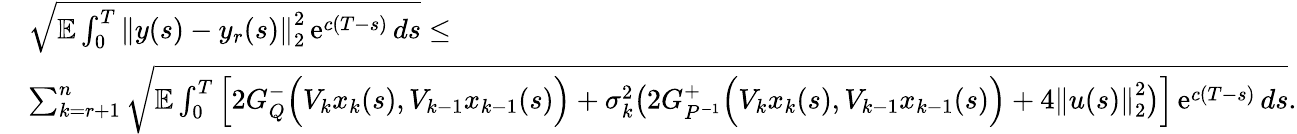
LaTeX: \begin{array}{rl}&{\sqrt{\mathbb E\int_{0}^{T}\left\| y(s)-y_{r}(s)\right\| _{2}^{2}\operatorname{e}^{c(T-s)}ds}\leq}\\ &{\sum_{k=r+1}^{n}\sqrt{\mathbb E\int_{0}^{T}\left[2G_{Q}^{-}\Big(V_{k}x_{k}(s),V_{k-1}x_{k-1}(s)\Big)+\sigma_{k}^{2}\big(2G_{P^{-1}}^{+}\Big(V_{k}x_{k}(s),V_{k-1}x_{k-1}(s)\Big)+4\left\| u(s)\right\| _{2}^{2}\big)\right]\operatorname{e}^{c(T-s)}ds}.}\end{array}